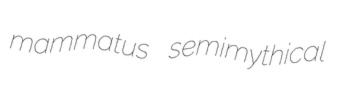
mammatus semimythical